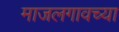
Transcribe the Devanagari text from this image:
माजलगावच्या